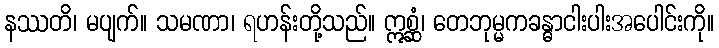
နဿတိ၊ မပျက်။ သမဏာ၊ ရဟန်းတို့သည်။ ဣစ္ဆံ၊ တေဘုမ္မကခန္ဓာငါးပါးအပေါင်းကို။